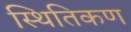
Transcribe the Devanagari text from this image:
स्थितिकण